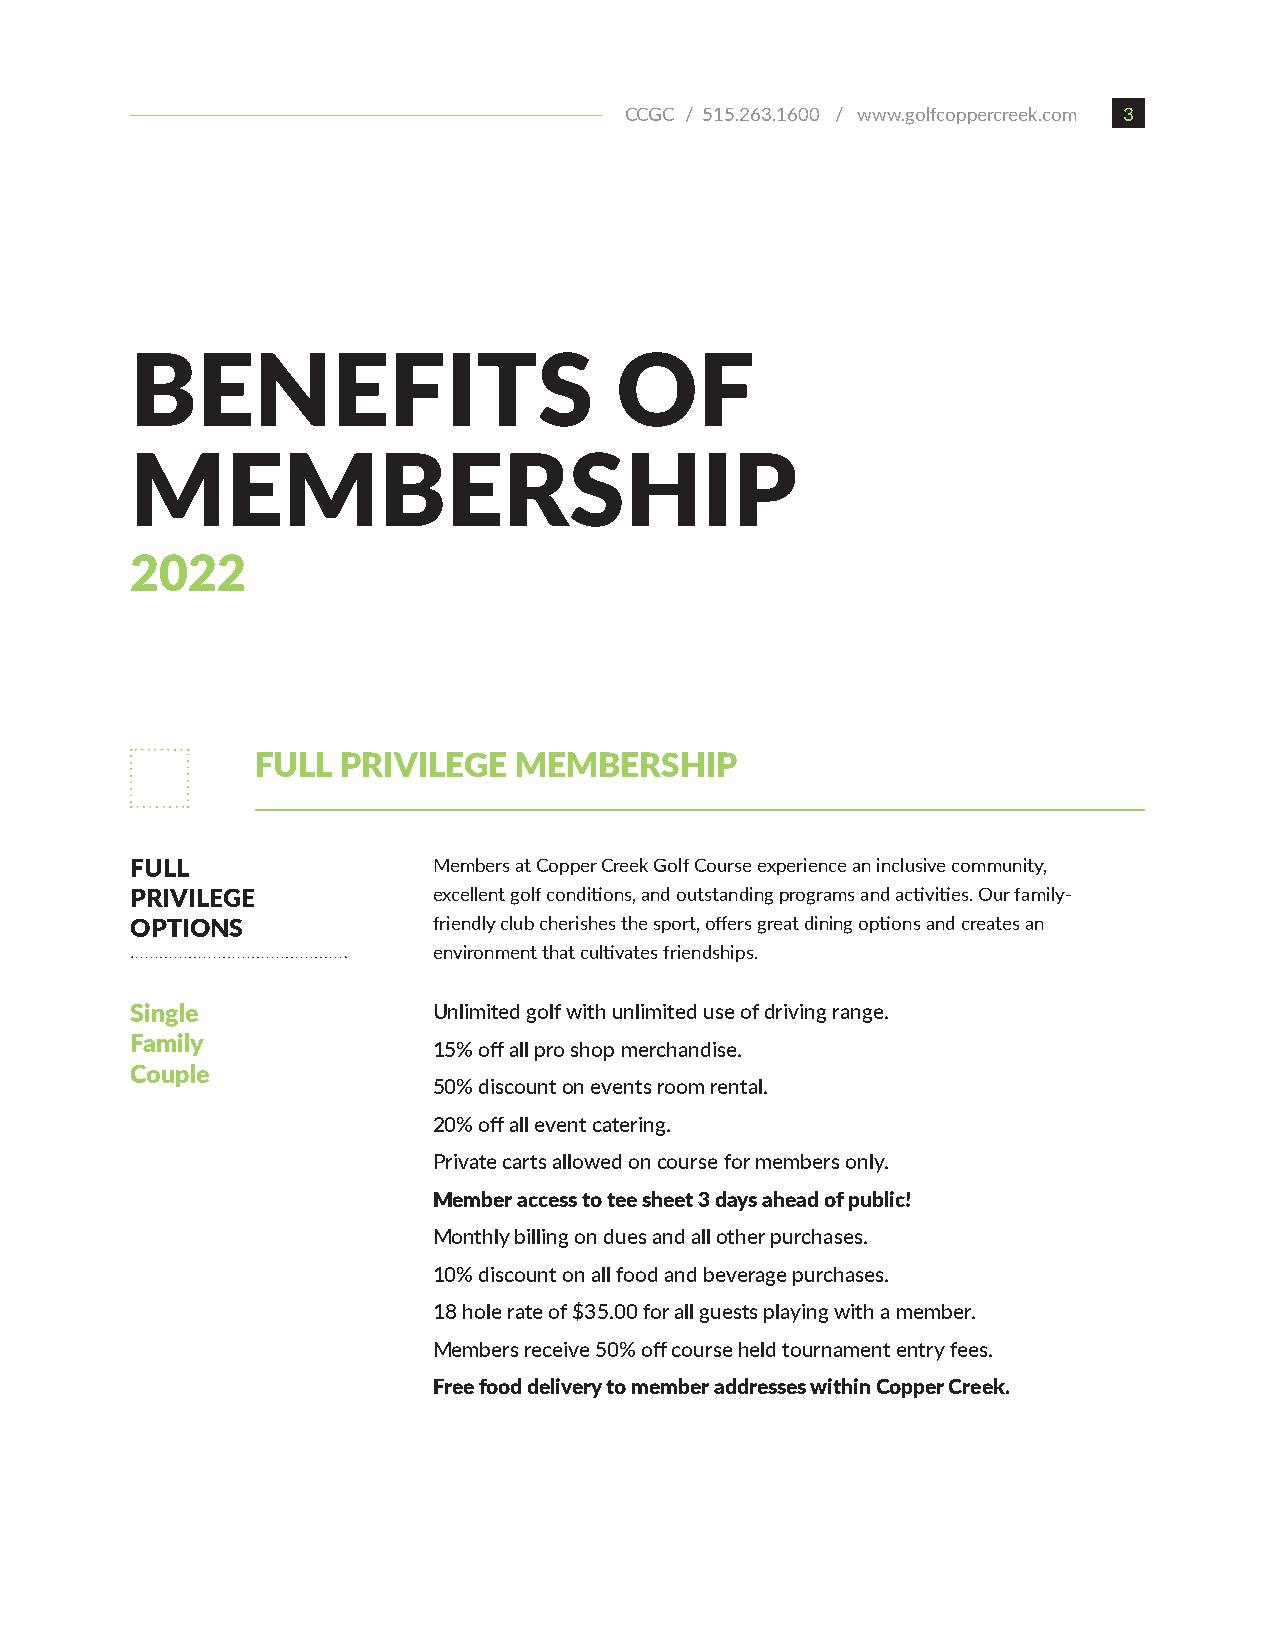
CCGC / 515.263.1600 / www.golfcoppercreek.com 3
 BENEFITS                        OF
 MEMBERSHIP
 2022
 FULL  PRIVILEGE  MEMBERSHIP
 FULL                Members at Copper Creek Golf Course experience an inclusive community,
 PRIVILEGE           excellent golf conditions, and outstanding programs and activities. Our family-
 OPTIONS             friendly club cherishes the sport, offers great dining options and creates an
 environment that cultivates friendships.
 Single              Unlimited golf with unlimited use of driving range.
 Family
 15% off all pro shop merchandise.
 Couple
 50% discount on events room rental.
 20% off all event catering.
 Private carts allowed on course for members only.
 Member access to tee sheet 3 days ahead of public!
 Monthly billing on dues and all other purchases.
 10% discount on all food and beverage purchases.
 18 hole rate of $35.00 for all guests playing with a member.
 Members receive 50% off course held tournament entry fees.
 Free food delivery to member addresses within Copper Creek.